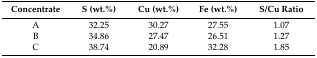
| Concentrate | S (wt.%) | Cu (wt.%) | Fe (wt.%) | S/Cu Ratio |
 | --- | --- | --- | --- | --- |
 | A | 32.25 | 30.27 | 27.55 | 1.07 |
 | B | 34.86 | 27.47 | 26.51 | 1.27 |
 | C | 38.74 | 20.89 | 32.28 | 1.85 |